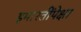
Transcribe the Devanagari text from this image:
इमारतींपेक्षा